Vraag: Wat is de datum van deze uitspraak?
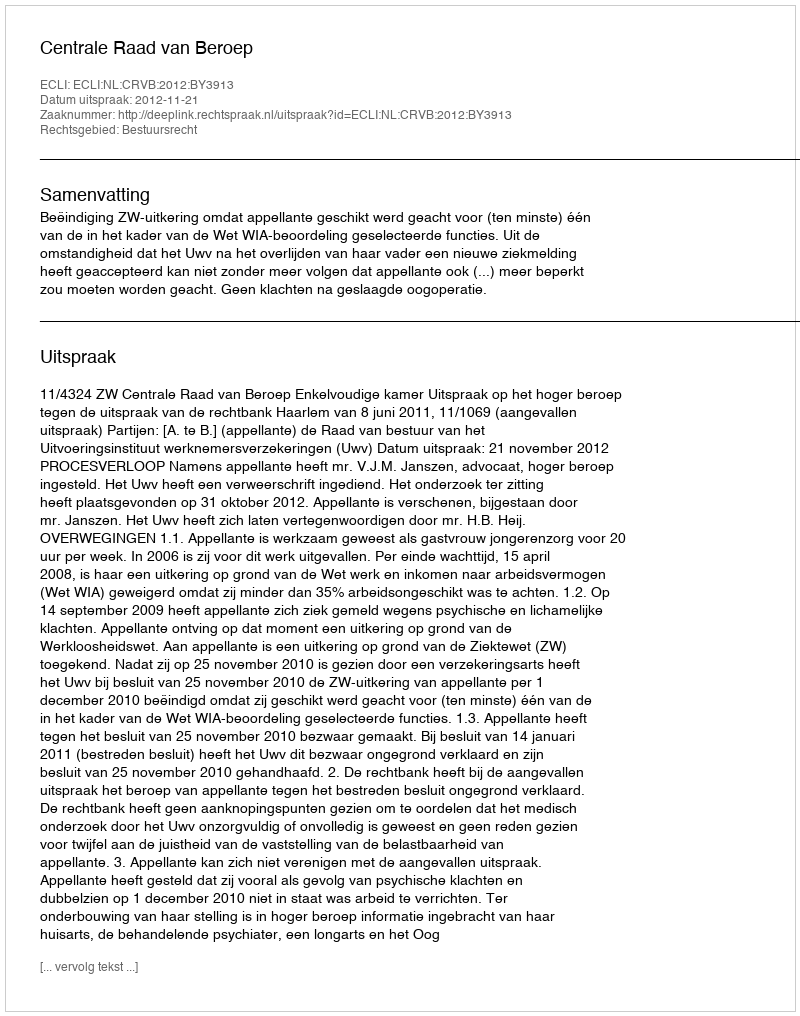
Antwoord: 2012-11-21